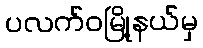
ပလက်ဝမြို့နယ်မှ